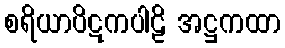
စရိယာပိဋကပါဠိ အဋ္ဌကထာ